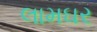
લામઘર